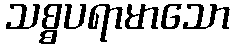
သစ္စပရာမာသော